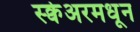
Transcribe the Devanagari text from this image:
स्क्वेअरमधून